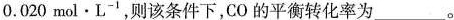
0.020 mol · L^{-1}$$，则该条件下，CO的平衡转换率为___。